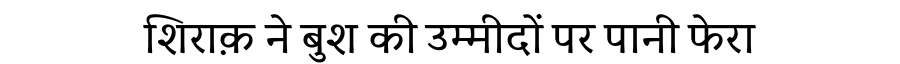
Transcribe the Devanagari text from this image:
शिराक़ ने बुश की उम्मीदों पर पानी फेरा